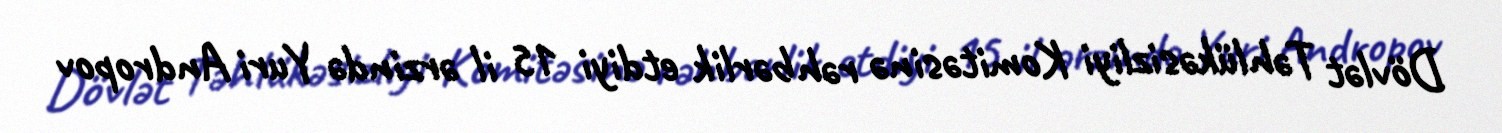
Dövlət Təhlükəsizliyi Komitəsinə rəhbərlik etdiyi 15 il ərzində Yuri Andropov